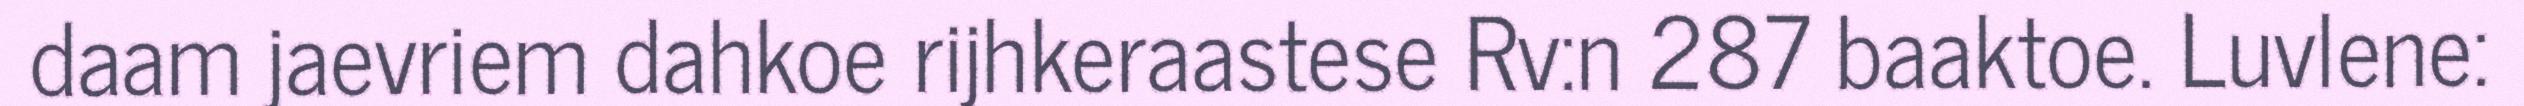
daam jaevriem dahkoe rijhkeraastese Rv:n 287 baaktoe. Luvlene: